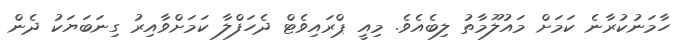
ހާމަނުކުރާނެ ކަމަށް މައުލޫމާތު ލިބެއެވެ. މިއީ ޕްރައިވެޓް ދެހަފްލާ ކަމަށްވާއިރު ގިނަބަޔަކު ދެން